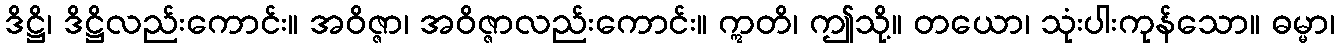
ဒိဋ္ဌိ၊ ဒိဋ္ဌိလည်းကောင်း။ အဝိဇ္ဇာ၊ အဝိဇ္ဇာလည်းကောင်း။ ဣတိ၊ ဤသို့။ တယော၊ သုံးပါးကုန်သော။ ဓမ္မာ၊